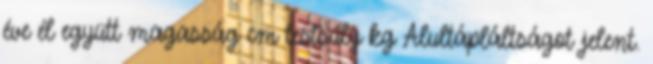
éve él együtt magasság cm testsúly kg Alultápláltságot jelent.